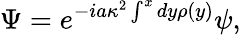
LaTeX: \Psi=e^{-ia\kappa^{2}\int^{x}dy\rho(y)}\psi,